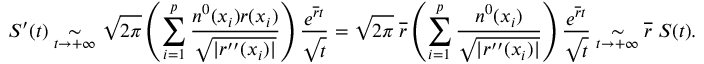
S ^ { \prime } ( t ) \underset { t \to + \infty } { \sim } \sqrt { 2 \pi } \left( \sum _ { i = 1 } ^ { p } { \frac { n ^ { 0 } ( x _ { i } ) r ( x _ { i } ) } { \sqrt { \lvert r ^ { \prime \prime } ( x _ { i } ) \rvert } } } \right) \frac { e ^ { \overline { r } t } } { \sqrt { t } } = \sqrt { 2 \pi } \; \overline { r } \left( \sum _ { i = 1 } ^ { p } { \frac { n ^ { 0 } ( x _ { i } ) } { \sqrt { \lvert r ^ { \prime \prime } ( x _ { i } ) \rvert } } } \right) \frac { e ^ { \overline { r } t } } { \sqrt { t } } \underset { t \to + \infty } { \sim } \overline { r } \; S ( t ) .